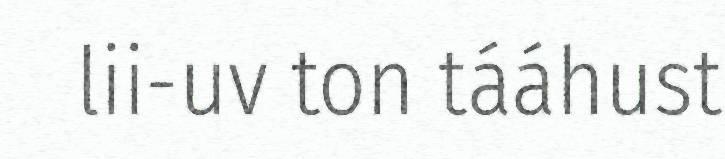
lii-uv ton tááhust